画像に写った文字を読んでください
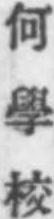
「何學校」と書いてあります